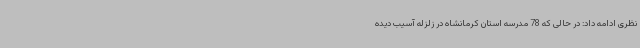
نظری ادامه داد: در حالی که 78 مدرسه استان کرمانشاه در زلزله آسیب دیده